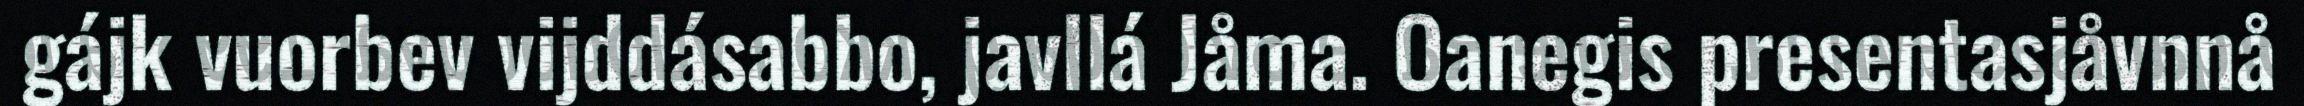
gájk vuorbev vijddásabbo, javllá Jåma. Oanegis presentasjåvnnå